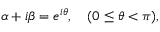
\alpha + i \beta = e ^ { i \theta } , ~ ~ ~ ( 0 \leq \theta < \pi ) ,